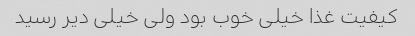
کیفیت غذا خیلی خوب بود ولی خیلی دیر رسید